Indian journal of veterinary science and animal husbandry - Volume 5,
Year: 1935
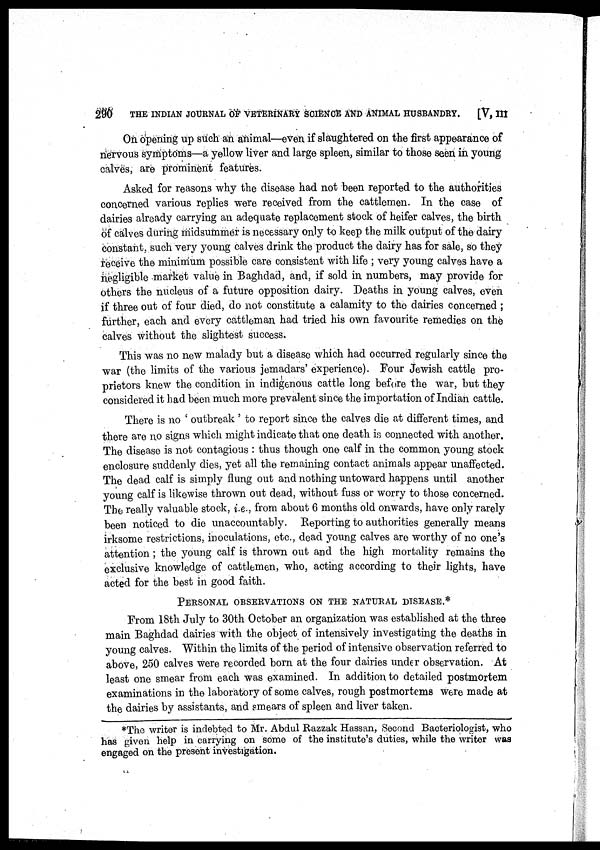
290
THE INDIAN JOURNAL OF VETERINARY SCIENCE AND ANIMAL HUSBANDRY.
[V, III
On opening up such an animal—even if slaughtered on the first appearance of
nervous symptoms—a yellow liver and large spleen, similar to those seen in young
calves, are prominent features.
Asked for reasons why the disease had not been reported to the authorities
concerned various replies were received from the cattlemen. In the case of
dairies already carrying an adequate replacement stock of heifer calves, the birth
of calves during midsummer is necessary only to keep the milk output of the dairy
constant, such very young calves drink the product the dairy has for sale, so they
receive the minimum possible care consistent with life ; very young calves have a
negligible market value in Baghdad, and, if sold in numbers, may provide for
others the nucleus of a future opposition dairy. Deaths in young calves, even
if three out of four died, do not constitute a calamity to the dairies concerned ;
further, each and every cattleman had tried his own favourite remedies on the
calves without the slightest success.
This was no new malady but a disease which had occurred regularly since the
war (the limits of the various jemadars' experience). Four Jewish cattle pro-
prietors knew the condition in indigenous cattle long before the war, but they
considered it had been much more prevalent since the importation of Indian cattle.
There is no ' outbreak ' to report since the calves die at different times, and
there are no signs which might indicate that one death is connected with another.
The disease is not contagious : thus though one calf in the common young stock
enclosure suddenly dies, yet all the remaining contact animals appear unaffected.
The dead calf is simply flung out and nothing untoward happens until another
young calf is likewise thrown out dead, without fuss or worry to those concerned.
The really valuable stock, i.e., from about 6 months old onwards, have only rarely
been noticed to die unaccountably. Reporting to authorities generally means
irksome restrictions, inoculations, etc., dead young calves are worthy of no one's
attention ; the young calf is thrown out and the high mortality remains the
exclusive knowledge of cattlemen, who, acting according to their lights, have
acted for the best in good faith.
PERSONAL OBSERVATIONS ON THE NATURAL DISEASE.*
From 18th July to 30th October an organization was established at the three
main Baghdad dairies with the object of intensively investigating the deaths in
young calves. Within the limits of the period of intensive observation referred to
above, 250 calves were recorded born at the four dairies under observation. At
least one smear from each was examined. In addition to detailed postmortem
examinations in the laboratory of some calves, rough postmortems were made at
the dairies by assistants, and smears of spleen and liver taken.
*The writer is indebted to Mr. Abdul Razzak Hassan, Second Bacteriologist, who
has given help in carrying on some of the institute's duties, while the writer was
engaged on the present investigation.